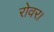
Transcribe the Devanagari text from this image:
रोवर।